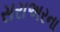
સરાઅરના